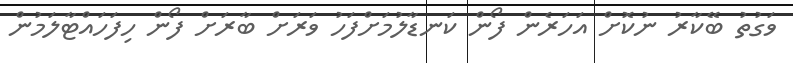
ވަގުތު ބޭކާރު ނުކޮށް އަހަރެން ފޯން ކަނޑާލުމަށްފަހު ވަރަށް ބާރަށް ފޯން ހިފަހައްޓާލަމުން